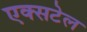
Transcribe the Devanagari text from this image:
एक्सटेल